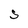
Character: S